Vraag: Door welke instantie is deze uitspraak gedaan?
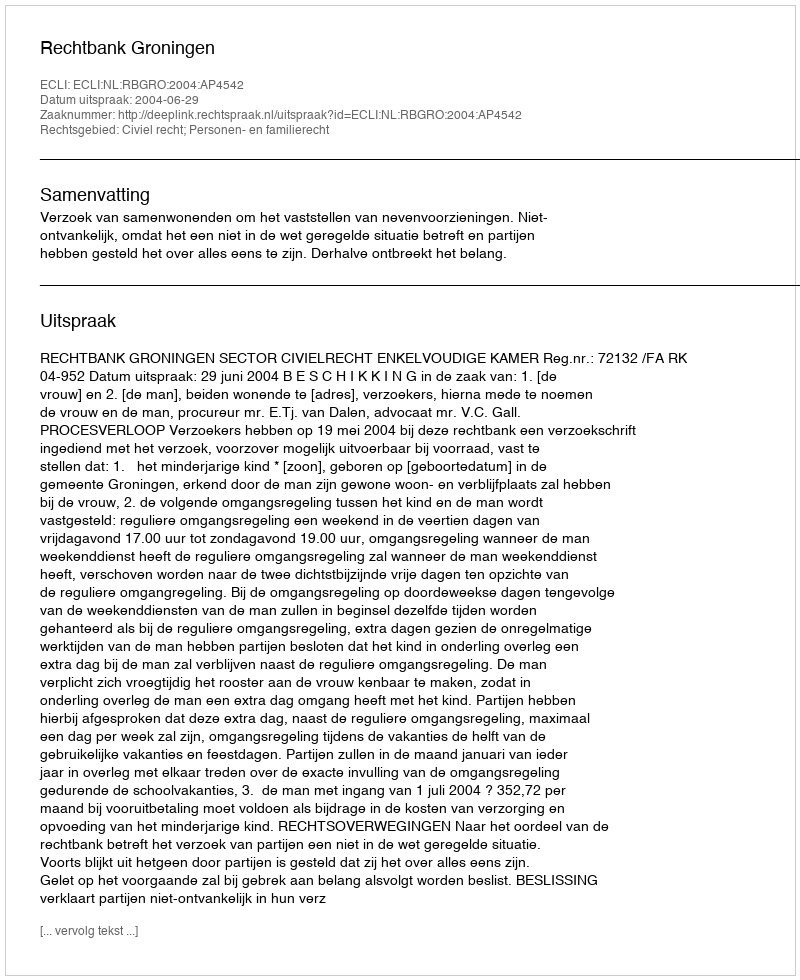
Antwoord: Rechtbank Groningen